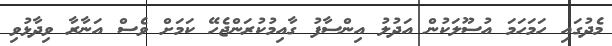
މެދުގައި ހަމަހަމަ އުސޫލަކުން އަދުލު އިންސާފު ގާއިމުކުރަންޖެހޭ ކަމަށް ވެސް އަނާރާ ވިދާޅުވި